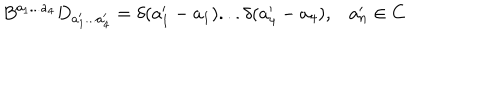
B ^ { a _ { 1 } . . . a _ { 4 } } D _ { a _ { 1 } ^ { \prime } . . . a _ { 4 } ^ { \prime } } = \delta ( a _ { 1 } ^ { \prime } - a _ { 1 } ) . . . \delta ( a _ { 4 } ^ { \prime } - a _ { 4 } ) , a _ { n } ^ { \prime } \in C